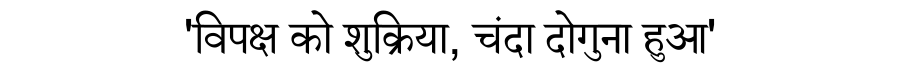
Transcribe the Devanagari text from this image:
'विपक्ष को शुक्रिया, चंदा दोगुना हुआ'